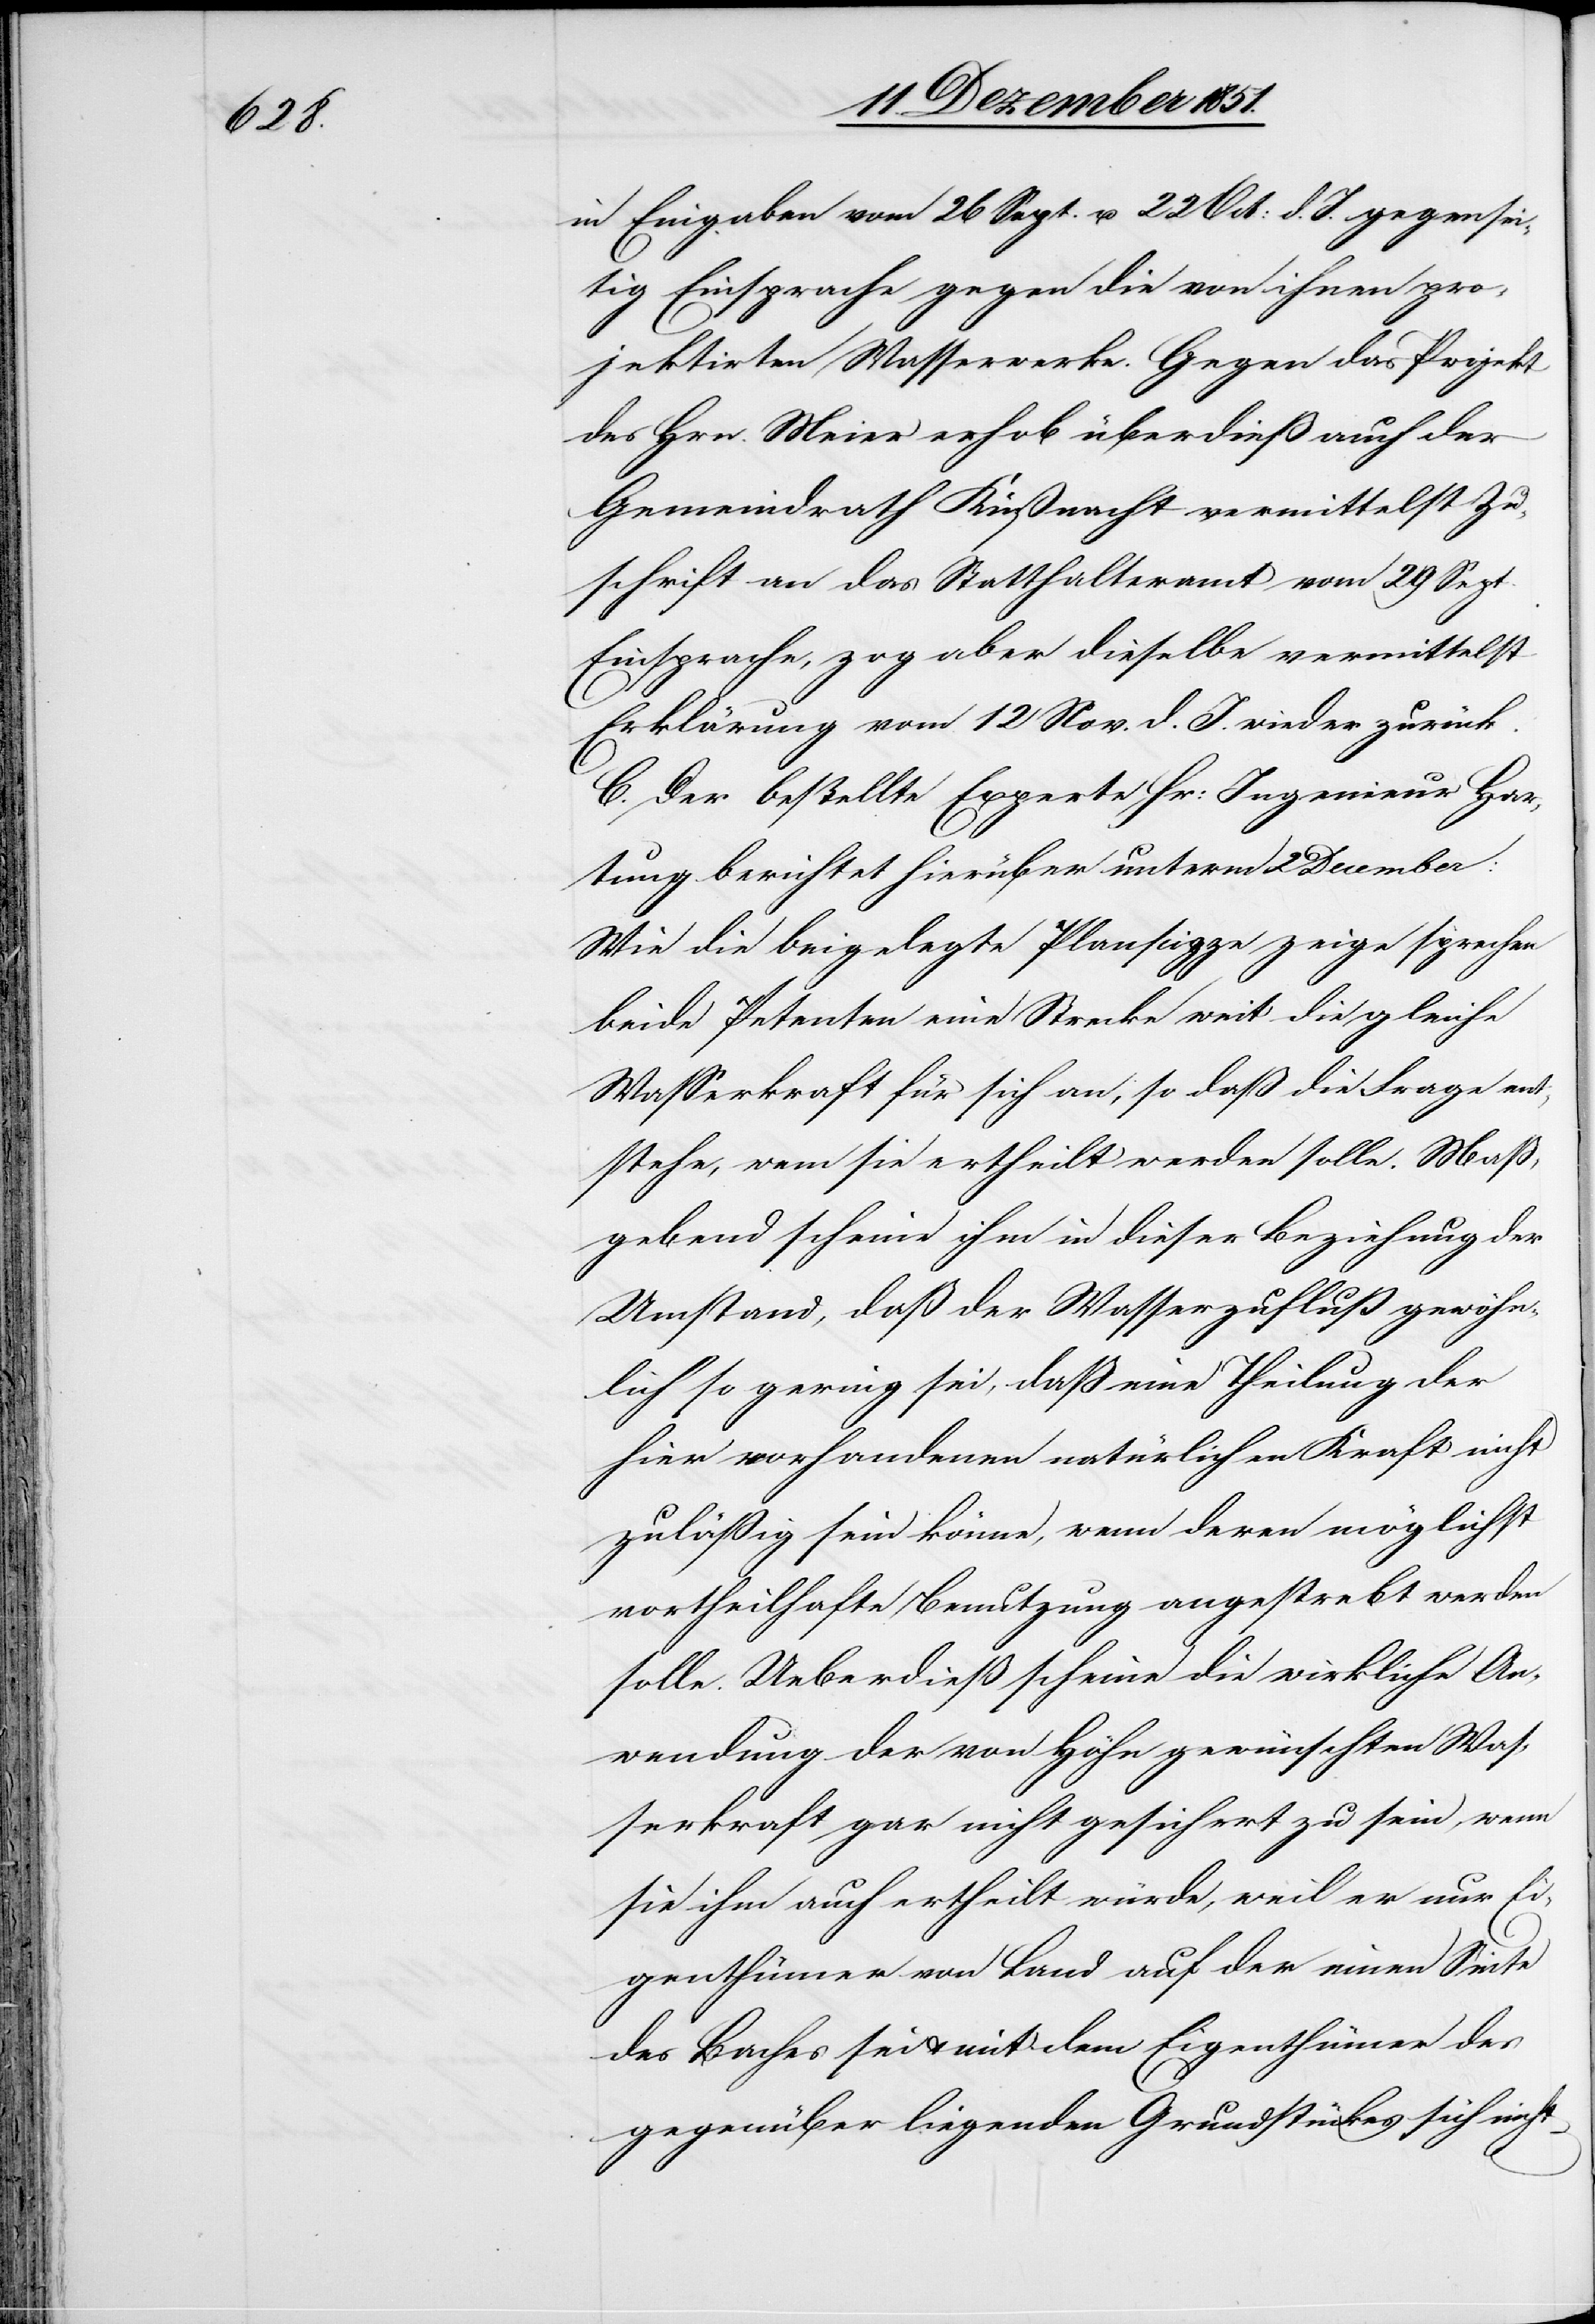
in Eingaben vom 26 Sept. u. 22 Oct: d. J. gegensei¬
tig Einsprache gegen die von ihnen pro¬
jektirten Wasserwerke. Gegen das Projekt
des Hrn. Meier erhob überdieß auch der
Gemeindrath Küßnacht vermittelst Zu¬
schrift an das Statthalteramt vom 29 Sept.
Einsprache, zog aber dieselbe vermittelst
Erklärung vom 12 Nov. d. J. wieder zurück.
C. Der bestellte Experte Hr: Ingenieur Har¬
tung berichtet hierüber unterm 2 December:
Wie die beigelegte Planscizze zeige sprechen
beide Petenten eine Strecke weit die gleiche
Wasserkraft für sich an, so daß die Frage ent¬
stehe, wem sie ertheilt werden solle. Maß¬
gebend scheine ihm in dieser Beziehung der
Umstand, daß der Wasserzufluß gewöhn¬
lich so gering sei, daß eine Theilung der
hier vorhandenen natürlichen Kraft nicht
zuläßig sein könne, wenn deren möglichst
vortheilhafte Benutzung angestrebt werden
solle. Ueberdieß scheine die wirkliche An¬
wendung der von Höhn gewünschten Was¬
serkraft gar nicht gesichert zu sein, wenn
sie ihm auch ertheilt würde, weil er nur Ei¬
genthümer von Land auf der einen Seite
des Baches sei & mit dem Eigenthümer des
gegenüber liegenden Grundstückes sich nicht